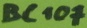
Text: BC107